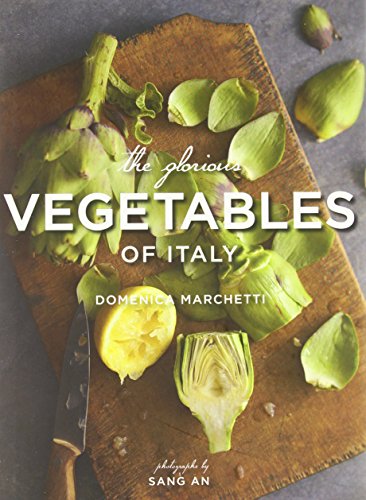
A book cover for The Glorious Vegetables of Italy; Domenica Marchetti; Cookbooks, Food & Wine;